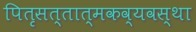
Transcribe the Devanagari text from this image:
पितृसत्तात्मकव्यवस्था